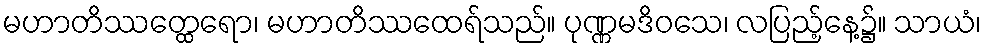
မဟာတိဿတ္ထေရော၊ မဟာတိဿထေရ်သည်။ ပုဏ္ဏမဒိဝသေ၊ လပြည့်နေ့၌။ သာယံ၊